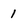
Character: 1